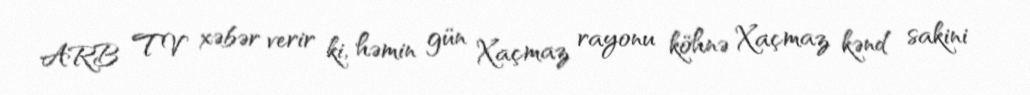
ARB TV xəbər verir ki, həmin gün Xaçmaz rayonu köhnə Xaçmaz kənd sakini